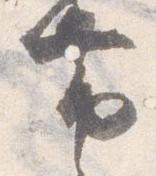
帯